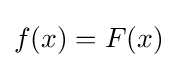
f(x)=F(x)